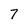
Character: 7